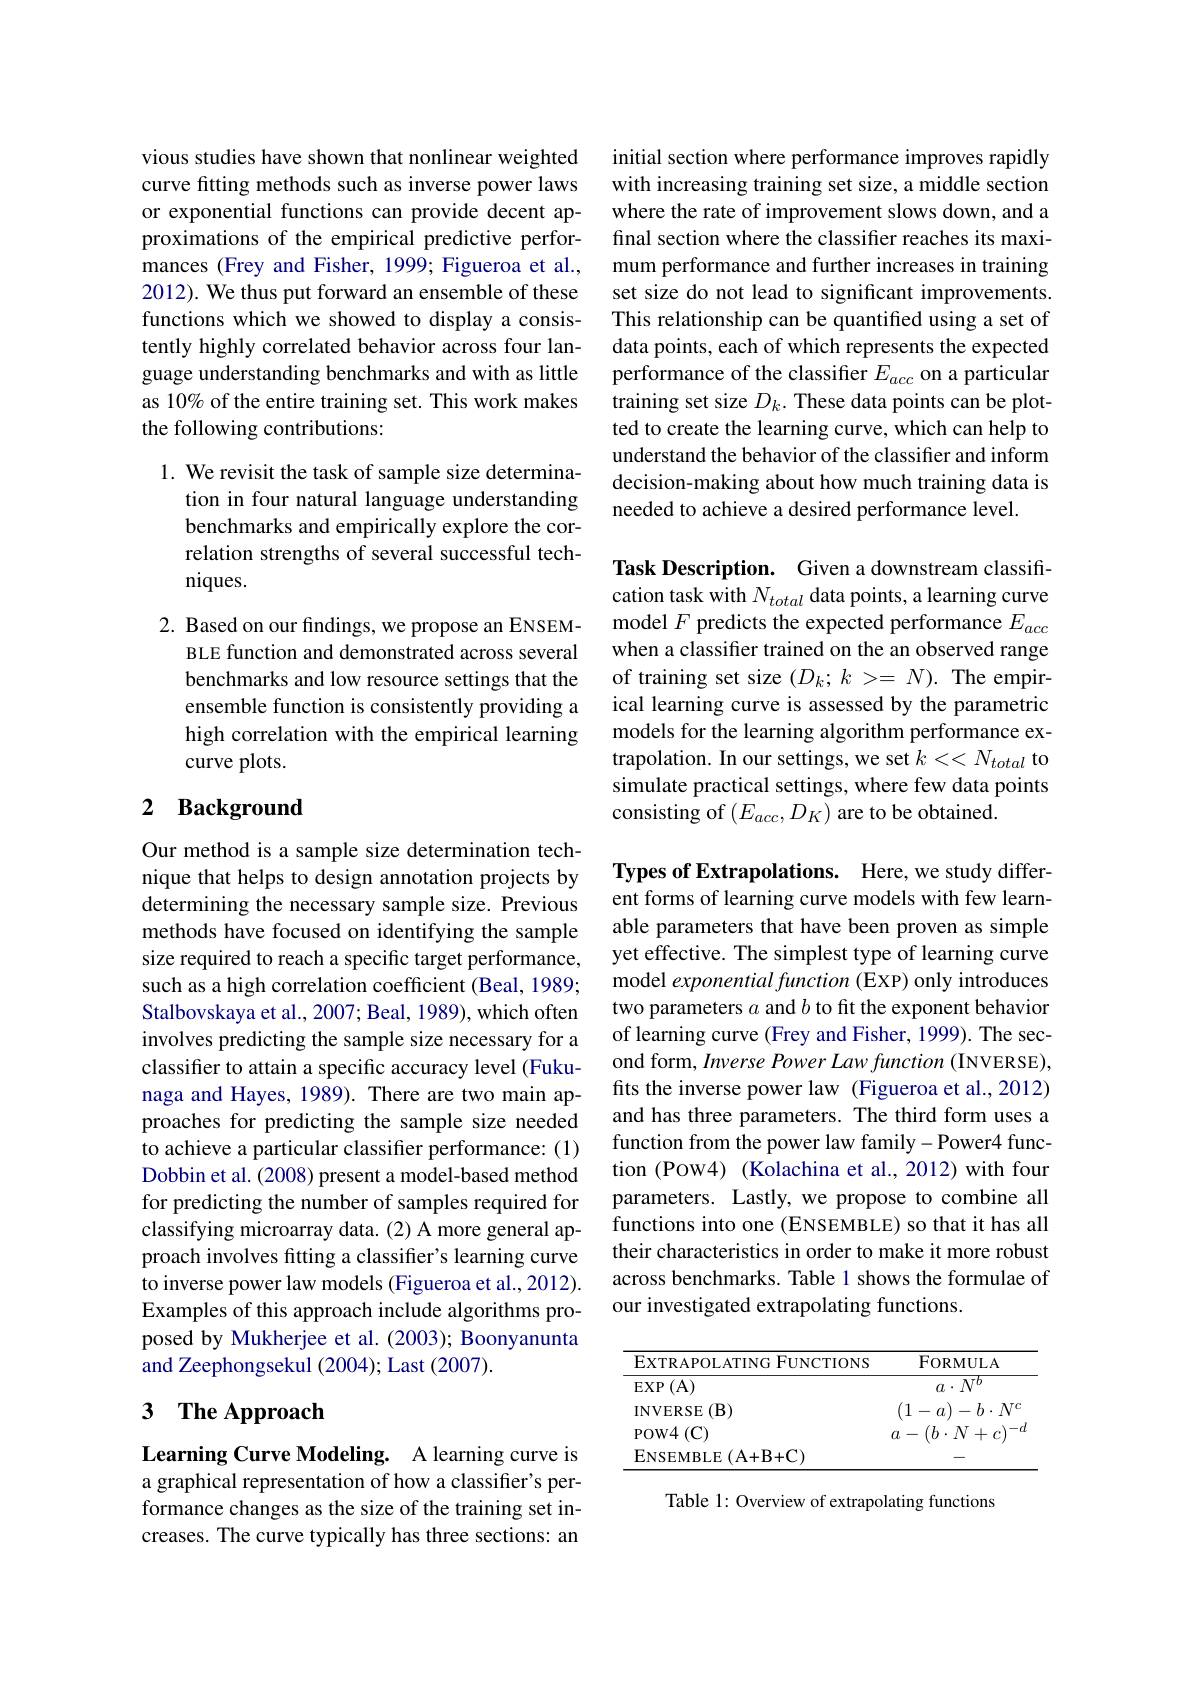
vious studies have shown that nonlinear weighted curve fitting methods such as inverse power laws or exponential functions can provide decent approximations of the empirical predictive performances (Frey and Fisher, 1999; Figueroa et al., 2012). We thus put forward an ensemble of these functions which we showed to display a consistently highly correlated behavior across four language understanding benchmarks and with as little as 10% of the entire training set. This work makes the following contributions:

1. We revisit the task of sample size determina-
tion in four natural language understanding benchmarks and empirically explore the correlation strengths of several successful techniques.

2. Based on our findings, we propose an ENSEM-
BLE function and demonstrated across several benchmarks and low resource settings that the ensemble function is consistently providing a high correlation with the empirical learning curve plots.

# 2 Background

Our method is a sample size determination technique that helps to design annotation projects by determining the necessary sample size. Previous methods have focused on identifying the sample size required to reach a specific target performance, such as a high correlation coefficient (Beal, 1989; Stalbovskaya et al., 2007; Beal, 1989), which often involves predicting the sample size necessary for a classifer to attain a specific accuracy level (Fukunaga and Hayes, 1989). There are two main approaches for predicting the sample size needed to achieve a particular classifier performance: (1) Dobbin et al. (2008) present a model-based method for predicting the number of samples required for classifying microarray data. (2) A more general approach involves fitting a classifer's learning curve to inverse power law models (Figueroa et al.,2012). Examples of this approach include algorithms proposed by Mukherjee et al. (2003); Boonyanunta and Zeephongsekul (2004); Last (2007).

# 3 The Approach

Learning Curve Modeling. A learning curve is a graphical representation of how a classifier's performance changes as the size of the training set increases. The curve typically has three sections: an

initial section where performance improves rapidly with increasing training set size, a middle section where the rate of improvement slows down, and a final section where the classifier reaches its maximum performance and further increases in training set size do not lead to significant improvements. This relationship can be quantified using a set of data points, each of which represents the expected performance of the classifier $E_{acc}$ on a particular training set size $D_k.$ These data points can be plotted to create the learning curve, which can help to understand the behavior of the classifier and inform decision-making about how much training data is needed to achieve a desired performance level.

Task Description. Given a downstream classification task with $N_{total}$ data points, a learning curve model $F$ predicts the expected performance $E_{acc}$ when a classifier trained on the an observed range of training set size $(D_k;k>=N).$ The empirical learning curve is assessed by the parametric models for the learning algorithm performance extrapolation. In our settings, we set $k<<N_{total}$ to simulate practical settings, where few data points consisting of $(E_{acc},D_{K})$ are to be obtained.

Types of Extrapolations. Here, we study different forms of learning curve models with few learnable parameters that have been proven as simple yet effective. The simplest type of learning curve model exponential function (EXP) only introduces two parameters $a$ and $b$ to ft the exponent behavior of learning curve (Frey and Fisher, 1999). The second form, Inverse Power Law function (INVERSE), fits the inverse power law (Figueroa et al.,2012) and has three parameters. The third form uses a function from the power law family-Power4 function (POW4) (Kolachina et al., 2012) with four parameters. Lastly, we propose to combine all functions into one (ENSEMBLE) so that it has all their characteristics in order to make it more robust across benchmarks. Table 1 shows the formulae of our investigated extrapolating functions.

<table>
	<tbody>
		<tr>
			<th>EXTRAPOLATING FUNCTIONS</th>
			<th>FORMULA</th>
		</tr>
		<tr>
			<td>$\operatorname{EXP}\left(\mathrm{A}\right)$</td>
			<td>$a\cdot N^{o}$</td>
		</tr>
		<tr>
			<td>INVERSE $(\mathbf{B})$</td>
			<td>(1 $-a)-$ $-b\cdot N$</td>
		</tr>
		<tr>
			<td>POW4$\left ( \mathrm{C} \right )$</td>
			<td>$(b\cdot N$ $+c)^{-}$ $a.$</td>
		</tr>
		<tr>
			<td>$ENSEMBLE$ $\varepsilon$ $( A+ B+ C)$</td>
			<td> </td>
		</tr>
	</tbody>
</table>

Table 1: Overview of extrapolating functions